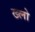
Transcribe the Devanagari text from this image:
ख्लो